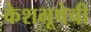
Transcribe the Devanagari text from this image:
केशभूषेची